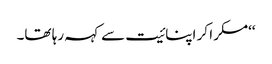
‘‘مسکرا کر اپنائیت سے کہہ رہا تھا۔